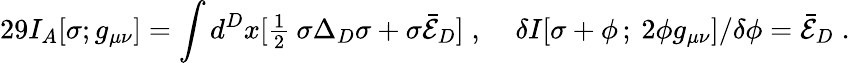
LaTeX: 29I_{A}[\sigma;g_{\mu\nu}]=\int d^{D}x[\textstyle{\frac{1}{2}}\: \sigma\Delta_{D}\sigma+\sigma\bar{{\cal E}}_{D}]\; ,\; \; \; \; \delta I[\sigma+\phi\, ;\: 2\phi g_{\mu\nu}]/\delta\phi=\bar{\cal E}_{D}\; .